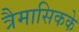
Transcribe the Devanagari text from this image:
त्रैमासिकके